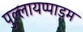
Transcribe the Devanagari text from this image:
पुल्लायप्पाड़म